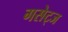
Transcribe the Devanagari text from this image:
गसेट्ज